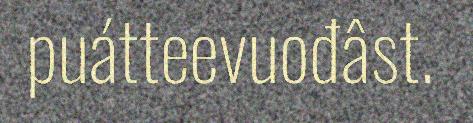
puátteevuođâst.